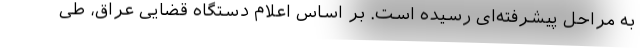
به مراحل پیشرفته‌ای رسیده است. بر اساس اعلام دستگاه قضایی عراق، طی